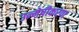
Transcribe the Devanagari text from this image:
उन्मेषीकरण